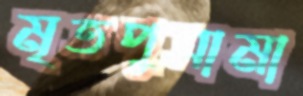
মৃতপুত্রামা